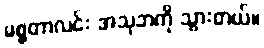
မစ္စတာလင်း အသုဘကို သွားတယ်။